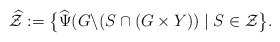
\begin{align*} \widehat{\mathcal{Z}}:= \big\{ \widehat{\Psi} (G\backslash(S\cap (G\times Y)) \mid S \in \mathcal{Z} \big\} .\end{align*}